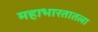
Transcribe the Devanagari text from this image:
महाभारतातला